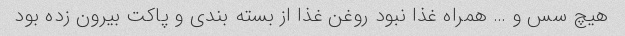
هیچ سس و … همراه غذا نبود روغن غذا از بسته بندی و پاکت بیرون زده بود